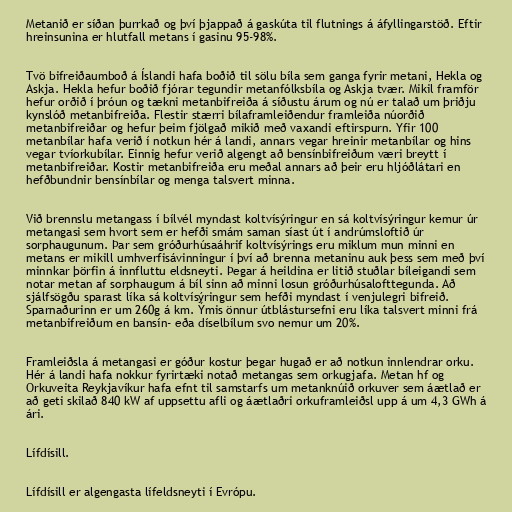
Metanið er síðan þurrkað og því þjappað á gaskúta til flutnings á áfyllingarstöð. Eftir
hreinsunina er hlutfall metans í gasinu 95-98%.

Tvö bifreiðaumboð á Íslandi hafa boðið til sölu bíla sem ganga fyrir metani, Hekla og
Askja. Hekla hefur boðið fjórar tegundir metanfólksbíla og Askja tvær. Mikil framför
hefur orðið í þróun og tækni metanbifreiða á síðustu árum og nú er talað um þriðju
kynslóð metanbifreiða. Flestir stærri bílaframleiðendur framleiða núorðið
metanbifreiðar og hefur þeim fjölgað mikið með vaxandi eftirspurn. Yfir 100
metanbílar hafa verið í notkun hér á landi, annars vegar hreinir metanbílar og hins
vegar tvíorkubílar. Einnig hefur verið algengt að bensínbifreiðum væri breytt í
metanbifreiðar. Kostir metanbifreiða eru meðal annars að þeir eru hljóðlátari en
hefðbundnir bensínbílar og menga talsvert minna.

Við brennslu metangass í bílvél myndast koltvísýringur en sá koltvísýringur kemur úr
metangasi sem hvort sem er hefði smám saman síast út í andrúmsloftið úr
sorphaugunum. Þar sem gróðurhúsaáhrif koltvísýrings eru miklum mun minni en
metans er mikill umhverfisávinningur í því að brenna metaninu auk þess sem með því
minnkar þörfin á innfluttu eldsneyti. Þegar á heildina er litið stuðlar bíleigandi sem
notar metan af sorphaugum á bíl sinn að minni losun gróðurhúsalofttegunda. Að
sjálfsögðu sparast líka sá koltvísýringur sem hefði myndast í venjulegri bifreið.
Sparnaðurinn er um 260g á km. Ýmis önnur útblástursefni eru líka talsvert minni frá
metanbifreiðum en bansín- eða díselbílum svo nemur um 20%.

Framleiðsla á metangasi er góður kostur þegar hugað er að notkun innlendrar orku.
Hér á landi hafa nokkur fyrirtæki notað metangas sem orkugjafa. Metan hf og
Orkuveita Reykjavíkur hafa efnt til samstarfs um metanknúið orkuver sem áætlað er
að geti skilað 840 kW af uppsettu afli og áætlaðri orkuframleiðsl upp á um 4,3 GWh á
ári.

Lífdísill.

Lífdísill er algengasta lífeldsneyti í Evrópu.